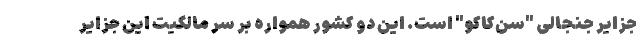
جزایر جنجالی "سن‌کاکو" است. این دو کشور همواره بر سر مالکیت این جزایر